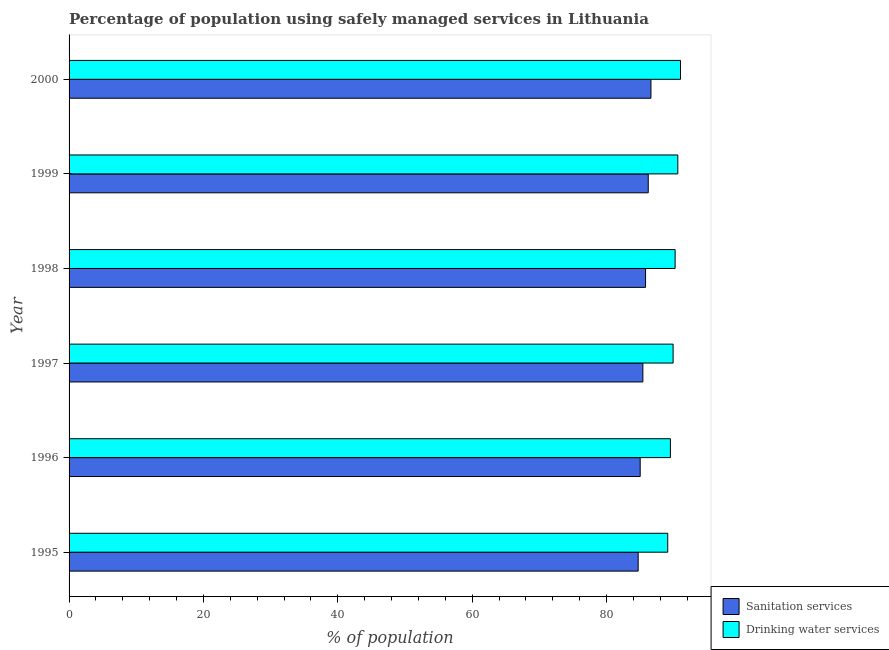
| Year | Sanitation services | Drinking water services |
 | --- | --- | --- |
 | 1995 | 84.7 | 89.1 |
 | 1996 | 85 | 89.5 |
 | 1997 | 85.4 | 89.9 |
 | 1998 | 85.8 | 90.2 |
 | 1999 | 86.2 | 90.6 |
 | 2000 | 86.6 | 91 |